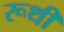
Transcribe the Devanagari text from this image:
रूथी